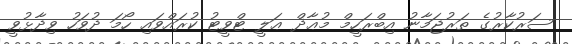
ސަރުކާރުގެ ތަރުޖަމާނު އިބްރަހީމް މުޢާޛް ޢަލީ ޓްވީޓު ކުރައްވައި ހޯމަ ދުވަހު ވިދާޅުވީ